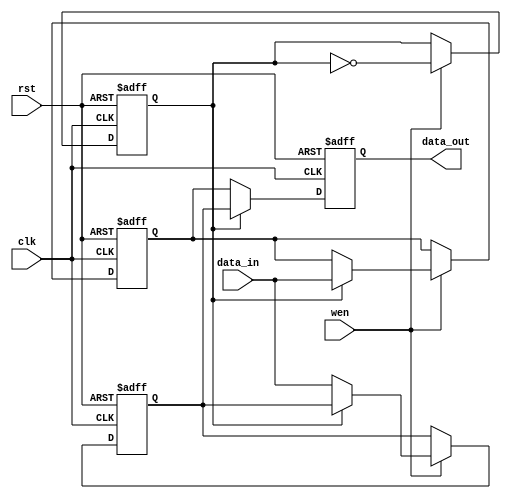
module double_buffer_register #(
    parameter DATA_WIDTH = 8  // Define the width of the data bus
)(
    input wire clk,            // Clock signal
    input wire rst,            // Asynchronous reset signal
    input wire wen,            // Write enable signal
    input wire [DATA_WIDTH-1:0] data_in, // Data input
    output reg [DATA_WIDTH-1:0] data_out  // Data output
);

    // Internal registers for double buffering
    reg [DATA_WIDTH-1:0] Reg_A;
    reg [DATA_WIDTH-1:0] Reg_B;
    
    // Toggle signal to switch between registers
    reg toggle;

    always @(posedge clk or posedge rst) begin
        if (rst) begin
            // Asynchronous reset: clear both registers and toggle
            Reg_A <= {DATA_WIDTH{1'b0}};
            Reg_B <= {DATA_WIDTH{1'b0}};
            toggle <= 1'b0; // Initialize toggle to 0
            data_out <= {DATA_WIDTH{1'b0}}; // Clear output
        end else begin
            if (wen) begin
                // Write data to the active register based on toggle
                if (toggle) begin
                    Reg_A <= data_in; // Write to Reg_A
                end else begin
                    Reg_B <= data_in; // Write to Reg_B
                end
                // Toggle the active register for the next write
                toggle <= ~toggle;
            end
            // Output the data from the non-active register
            if (toggle) begin
                data_out <= Reg_B; // Output from Reg_B
            end else begin
                data_out <= Reg_A; // Output from Reg_A
            end
        end
    end

endmodule